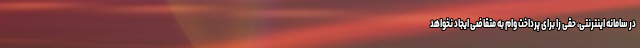
در سامانه اینترنتی، حقی را برای پرداخت وام به متقاضی ایجاد نخواهد